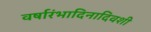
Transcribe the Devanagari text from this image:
वर्षारंभादिनादिवशी